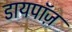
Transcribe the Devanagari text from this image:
डायपॉज़